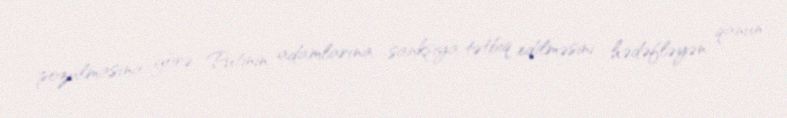
pozulmasına görə Putinin adamlarına sanksiya tətbiq edilməsini hədəfləyən qanun